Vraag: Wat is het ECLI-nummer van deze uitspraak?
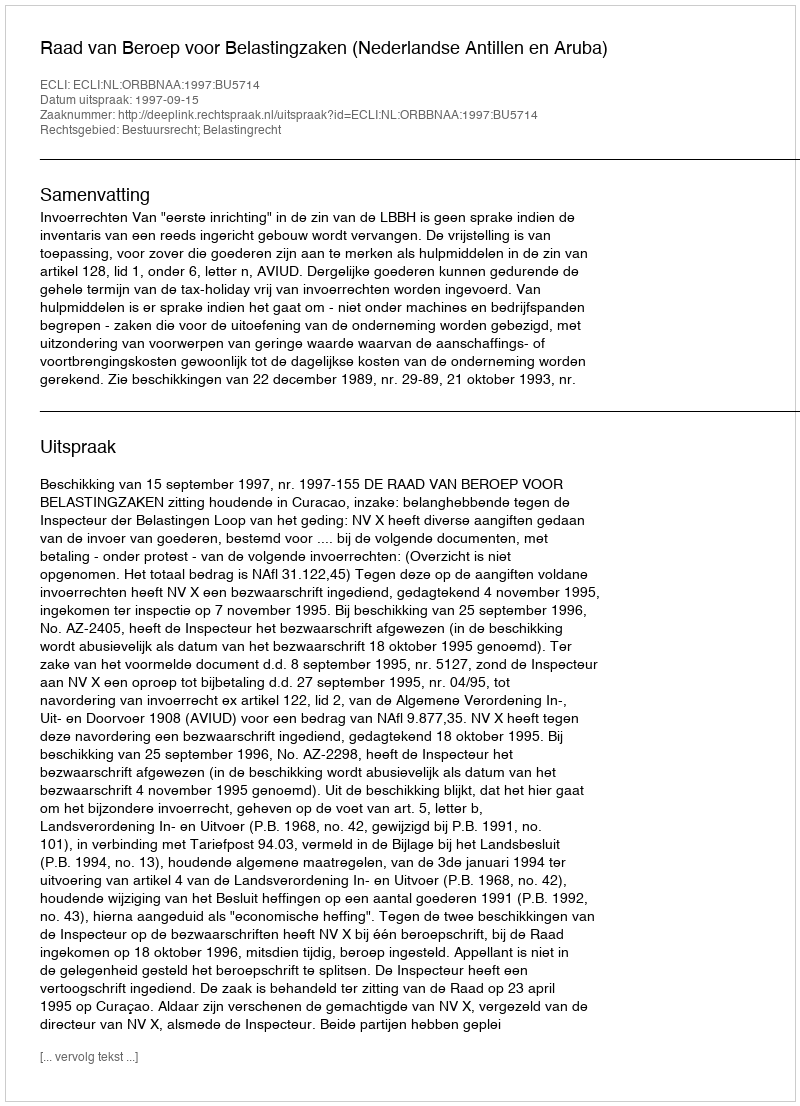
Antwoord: ECLI:NL:ORBBNAA:1997:BU5714